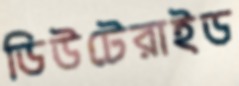
ডিউটেরাইড